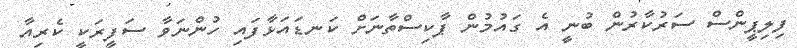
ފިލިޕީންސް ސަރުކާރުން ބުނީ އެ ގައުމުން ޕާކިސްތާނަށް ކަނޑައަޅާފައި ހުންނަވާ ސަފީރަކީ ކެރިއާ